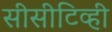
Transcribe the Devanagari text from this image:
सीसीटिव्ही